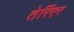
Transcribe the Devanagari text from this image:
तेर्रिएर